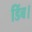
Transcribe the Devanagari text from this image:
डिंब।